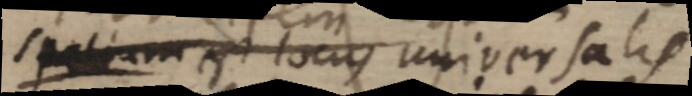
spatium est locus universalis